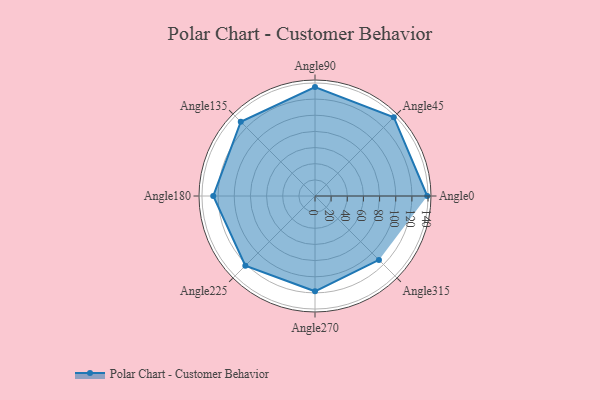
{"axis": {"x": "Angle", "y": "Radius"}, "legend": [""], "data": [{"x": "Angle0", "y": 139.0, "type": ""}, {"x": "Angle45", "y": 138.0, "type": ""}, {"x": "Angle90", "y": 135.0, "type": ""}, {"x": "Angle135", "y": 130.0, "type": ""}, {"x": "Angle180", "y": 126.0, "type": ""}, {"x": "Angle225", "y": 122.0, "type": ""}, {"x": "Angle270", "y": 118.0, "type": ""}, {"x": "Angle315", "y": 112.0, "type": ""}]}